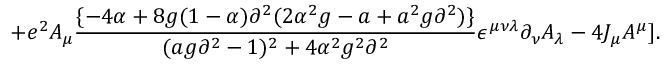
+ e ^ { 2 } A _ { \mu } { \frac { \{ - 4 \alpha + 8 g ( 1 - \alpha ) \partial ^ { 2 } ( 2 \alpha ^ { 2 } g - a + a ^ { 2 } g \partial ^ { 2 } ) \} } { ( a g \partial ^ { 2 } - 1 ) ^ { 2 } + 4 \alpha ^ { 2 } g ^ { 2 } \partial ^ { 2 } } } \epsilon ^ { \mu \nu \lambda } \partial _ { \nu } A _ { \lambda } - 4 J _ { \mu } A ^ { \mu } ] .